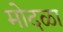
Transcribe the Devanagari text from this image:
मोदळा